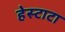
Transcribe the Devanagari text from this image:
हेस्टाटा